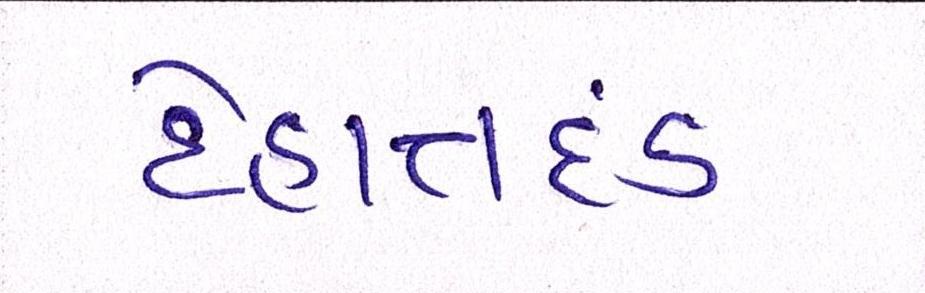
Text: દેહાંતદંડ